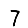
Digit: 7